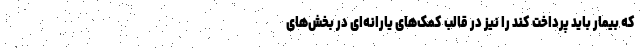
که بیمار باید پرداخت کند را نیز در قالب کمک‌های یارانه‌ای در بخش‌های